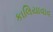
કાલિયાવાવ